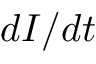
d I / d t